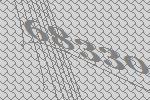
68330